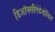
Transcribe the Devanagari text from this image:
डिऑक्सीऐडेनोसिन